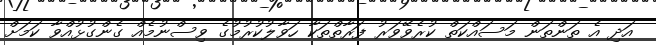
އަދި އެ ތަންތަން މަސައްކަތް ކުރެވޭވަރު ފަރާތްތަކާ ހަވާލުކުރުމުގެ ވިސްނުމެއް ގެންގުޅުއްވާ ކަމަށް